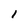
Character: 1